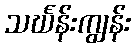
သင်္ဃန်းကျွန်း